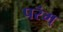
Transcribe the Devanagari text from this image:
परंम्